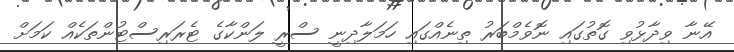
އޭނާ ވިދާޅުވި ގޮތުގައި ނޮވެމްބަރު ތިނެއްގައި ހަމަލާދިނީ ސްރީ ލަންކާގެ ޓެރަރިސްޓުންތަކެއް ކަމަށް